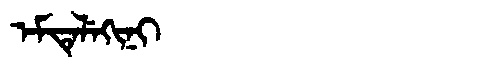
Manchu: ᡝᠮᡨᡝᠯᡝᡴᡳᠨᡳ
Romanization: EMTELEKINI